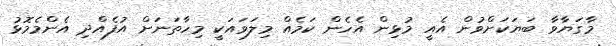
މާގަޔާވާ ބަޔަކަށްވުން އެއީ މުޅިން އެހެން ކަމެއް މިލަވައަކީ މިހާތަނަށް އުފެއްދި އެންމެމޮޅު